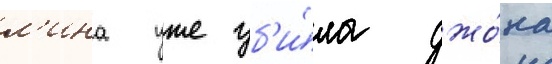
л'ина уже уб'и́ла джо́на